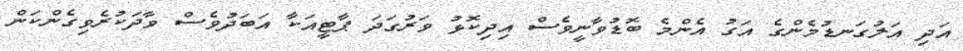
އަދި އަލުގަނޑުމެންގެ އަގު އެންމެ ބޮޑުވާނީވެސް އިދިކޮޅު ވަރުގަދަ ޕާޓީއަކާ އަބަދުވެސް ވާދަކުރެވިގެންކަން